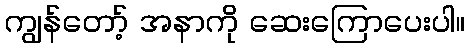
ကျွန်တော့် အနာကို ဆေးကြောပေးပါ။